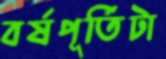
বর্ষপূর্তিটা